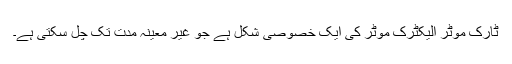
ٹارک موٹر الیکٹرک موٹر کی ایک خصوصی شکل ہے جو غیر معینہ مدت تک چل سکتی ہے۔